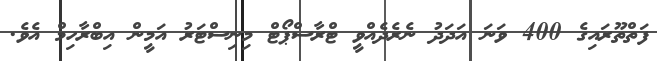
ފަތްތޫރައިގެ 400 ވަނަ އަަދަދު ނެރެދެއްވީ ޓްރާސްޕޯޓް މިނިސްޓަރު އަމީން އިބްރާހިމް އެވެ.